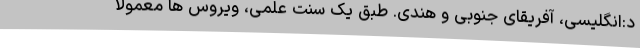
د:انگلیسی، آفریقای جنوبی و هندی. طبق یک سنت علمی، ویروس ها معمولاً